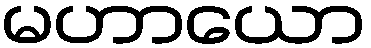
မဟာယော